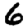
Digit: 6